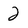
Character: 2